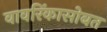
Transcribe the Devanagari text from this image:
वावरिंकासोबत